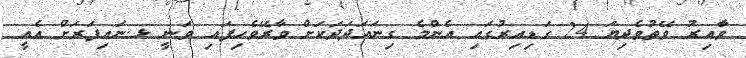
ވާއިރު ވޭތުވެދިޔަ 24 ގަޑިއިރުގައި އެންމެ ގިނައަދަދަކަށް ވާރޭވެހިފައި ވަނީ ޅ.ނައިފަރަށް އެއީ